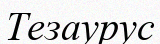
Тезаурус